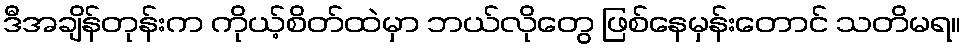
ဒီအချိန်တုန်းက ကိုယ့်စိတ်ထဲမှာ ဘယ်လိုတွေ ဖြစ်နေမှန်းတောင် သတိမရ။